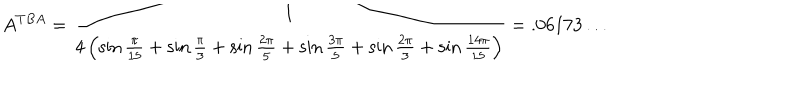
A ^ { T B A } = \frac { 1 } { 4 \left( \sin \frac { \pi } { 1 5 } + \sin \frac { \pi } { 3 } + \sin \frac { 2 \pi } { 5 } + \sin \frac { 3 \pi } { 5 } + \sin \frac { 2 \pi } { 3 } + \sin \frac { 1 4 \pi } { 1 5 } \right) } = . 0 6 1 7 3 \ldots